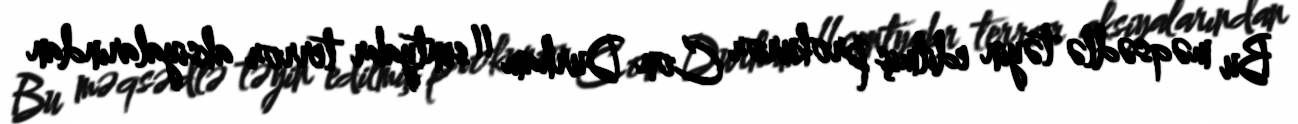
Bu məqsədlə təyin edilmiş prokuror Con Durham 11 sentyabr terror aksiyalarından